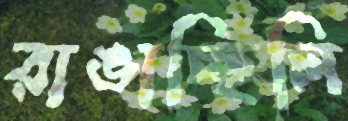
রাঙাচ্ছিলি